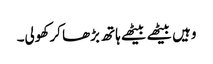
وہیں بیٹھے بیٹھے ہاتھ بڑھا کر کھولی۔